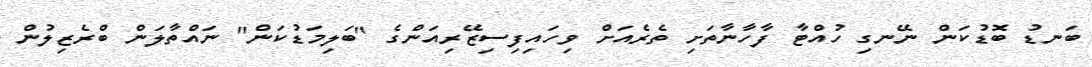
ބަނޑު ބޮޑުކަން ނޭނގި ހުއްޓާ ފާހާނާތަށި ތެރެއަށް ވިހައިފިސިޒޭރިއަންގެ "ބަލިމަޑުކަން" ނައްތާލަން ބްރެޒިލުން